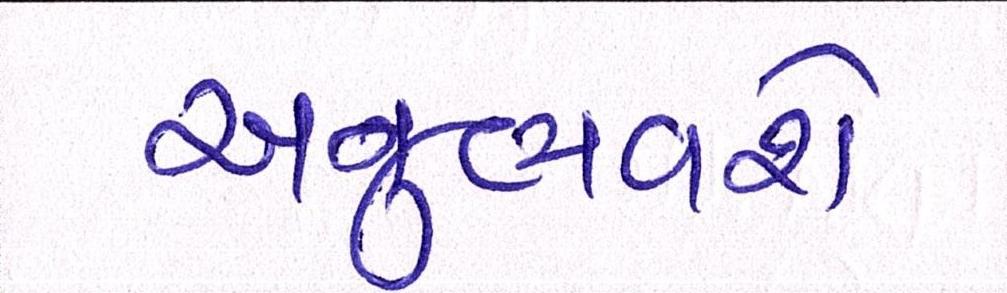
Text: અનુભવશે